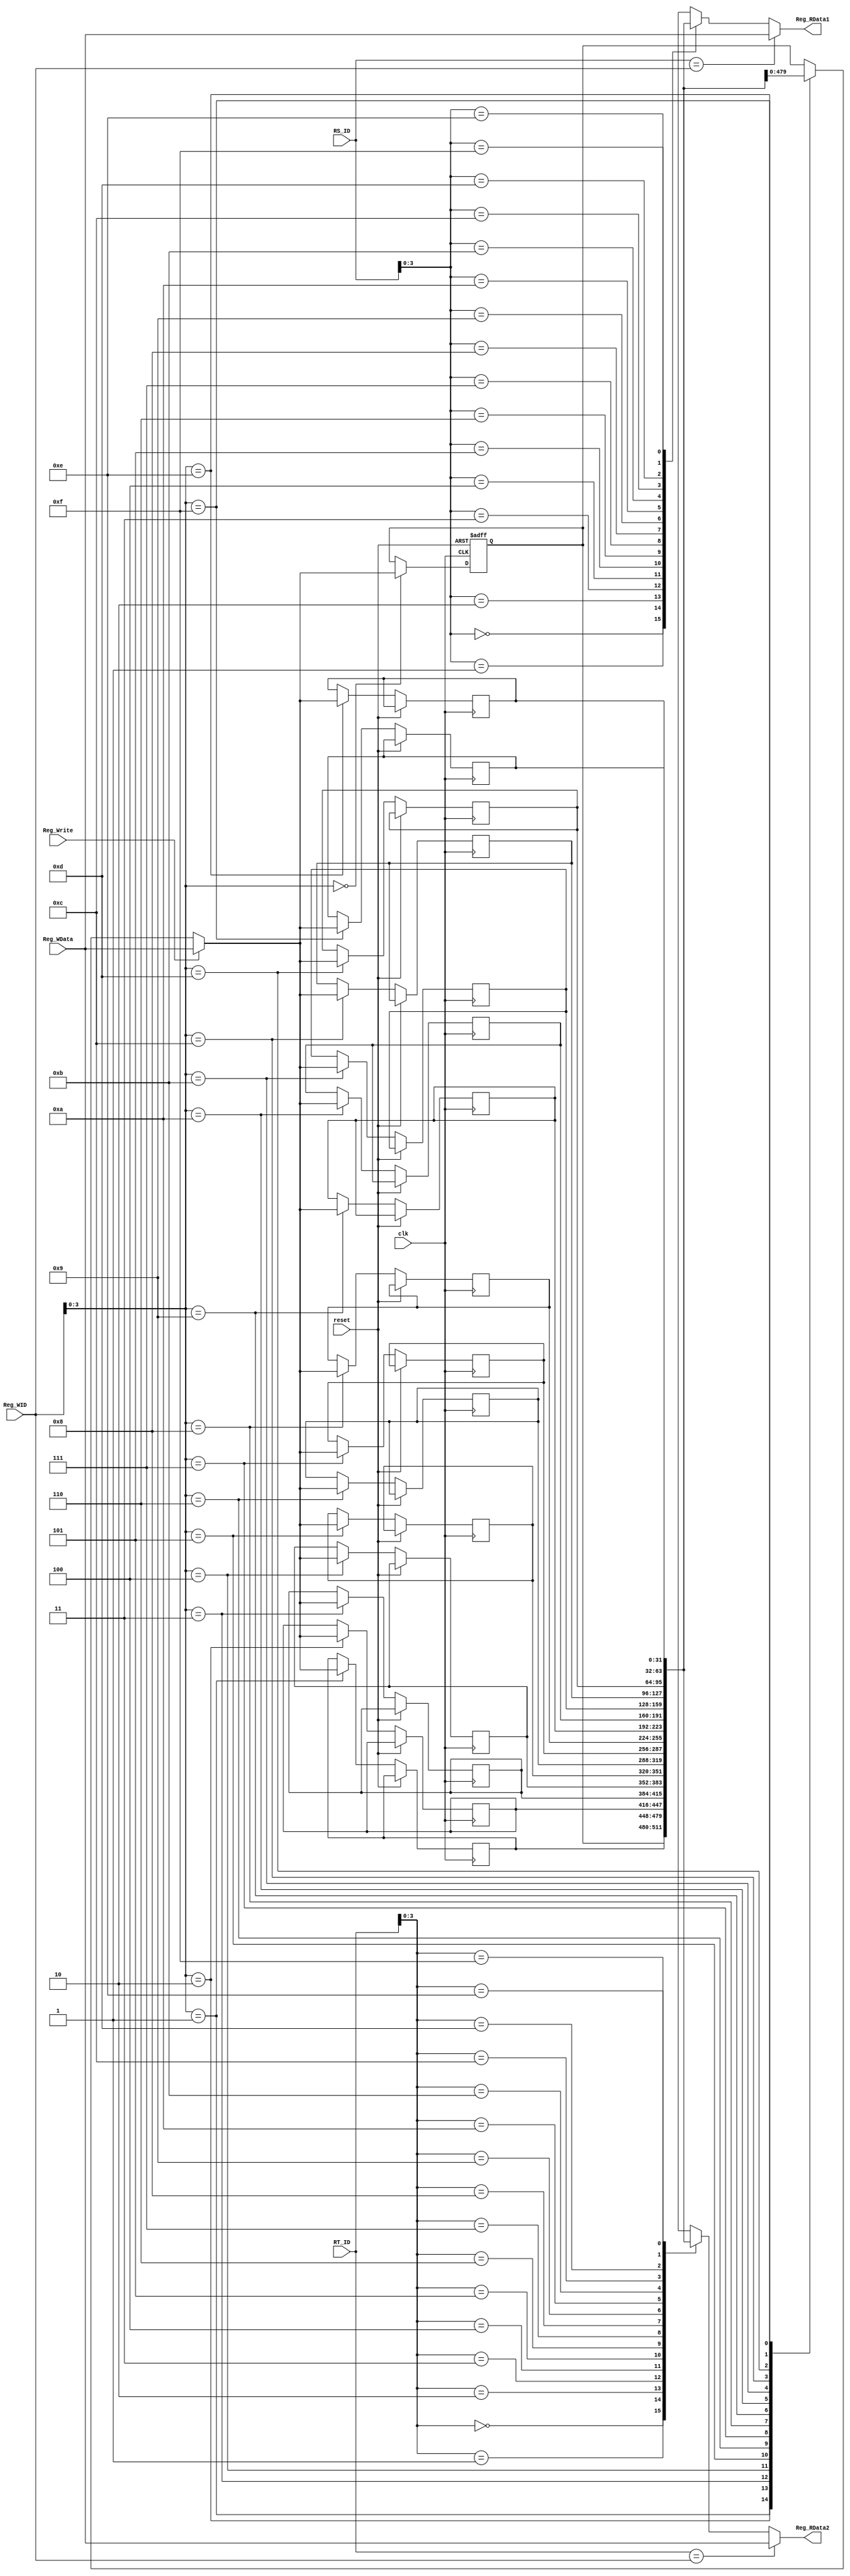
module Reg(clk, reset ,RS_ID, RT_ID, Reg_WID, Reg_Write, Reg_WData, Reg_RData1, Reg_RData2);

	input 		clk,reset;
	input 	[4:0] 	RS_ID,	//ir[25:21]  
			RT_ID, 	//ir[20:16]
			Reg_WID;
	input 		Reg_Write;
	input 	[31:0] 	Reg_WData;
	
	output 	[31:0] 	Reg_RData1;
	output 	[31:0] 	Reg_RData2;
	
	reg	[31:0] 	RegisterR [15:0];
	
	assign Reg_RData1 = (RS_ID==Reg_WID) ? Reg_WData : RegisterR[ RS_ID ];
	assign Reg_RData2 = (RT_ID==Reg_WID) ? Reg_WData : RegisterR[ RT_ID ];

	//insert for checking TB
	wire	[31:0]	RM0 = RegisterR[0];
	wire	[31:0]	RM1 = RegisterR[1];
	wire	[31:0]	RM2 = RegisterR[2];
	wire	[31:0]	RM3 = RegisterR[3];
	wire	[31:0]	RM4 = RegisterR[4];
	wire	[31:0]	RM5 = RegisterR[5];
	wire	[31:0]	RM6 = RegisterR[6];
	wire	[31:0]	RM7 = RegisterR[7];
	wire	[31:0]	RM8 = RegisterR[8];
	wire	[31:0]	RM9 = RegisterR[9];
	wire	[31:0]	RM10 = RegisterR[10];
	wire	[31:0]	RM11 = RegisterR[11];
	wire	[31:0]	RM12 = RegisterR[12];
	wire	[31:0]	RM13 = RegisterR[13];
	wire	[31:0]	RM14 = RegisterR[14];
	wire	[31:0]	RM15 = RegisterR[15];
	
	always@(negedge clk or posedge reset) begin
		if(reset)
			RegisterR[0]<=32'b0;
		else
			RegisterR[ Reg_WID ] <=(Reg_Write)? Reg_WData : RegisterR[ Reg_WID ];
	end

endmodule